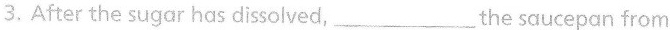
3.After the sugar has dissolved,___the saucepan from